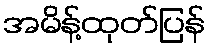
အမိန့်ထုတ်ပြန်